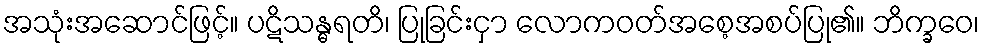
အသုံးအဆောင်ဖြင့်။ ပဋိသန္ဓရတိ၊ ပြုခြင်းငှာ လောကဝတ်အစေ့အစပ်ပြု၏။ ဘိက္ခဝေ၊